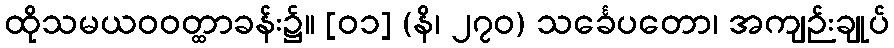
ထိုသမယဝဝတ္ထာခန်း၌။ [၀၁] (နိ၊ ၂၇၀) သင်္ခေပတော၊ အကျဉ်းချုပ်